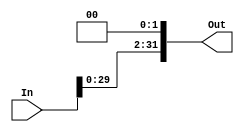
module shiftLeft(Out, In);
output [31:0] Out;
input [31:0] In;
assign Out = {In[29:0],2'b00};
endmodule